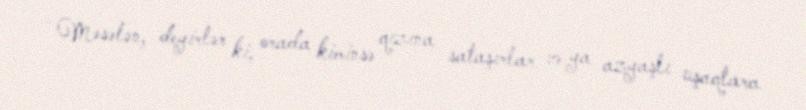
- Məsələn, deyirlər ki, orada kiminsə qızına sataşırlar və ya azyaşlı uşaqlara